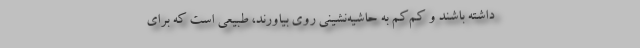
داشته باشند و كم‌كم به حاشيه‌نشيني روي بياورند، طبيعي است كه براي